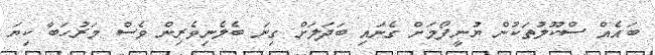
ބައެއް ސްކޫލުތަކުން ޔުނީފޯމަށް ގެނައި ބަދަލަށް ގިނަ ބެލެނިވެރިން ވެސް މަރުހަބާ ކިޔަ